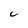
Character: u